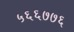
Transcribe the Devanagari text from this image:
५६६७७६